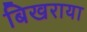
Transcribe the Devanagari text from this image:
बिखराया